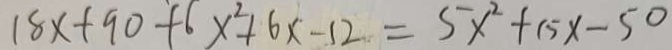
1 8 x + 9 0 + 6 x ^ { 2 } + 6 x - 1 2 = 5 x ^ { 2 } + 1 5 x - 5 0